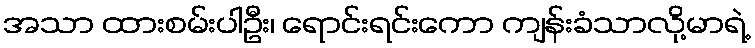
အသာ ထားစမ်းပါဦး၊ ရောင်းရင်းကော ကျန်းခံသာလို့မာရဲ့